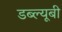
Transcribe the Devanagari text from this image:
डब्ल्यूबी